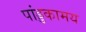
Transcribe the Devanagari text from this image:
पांड्डकामय